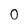
Character: O